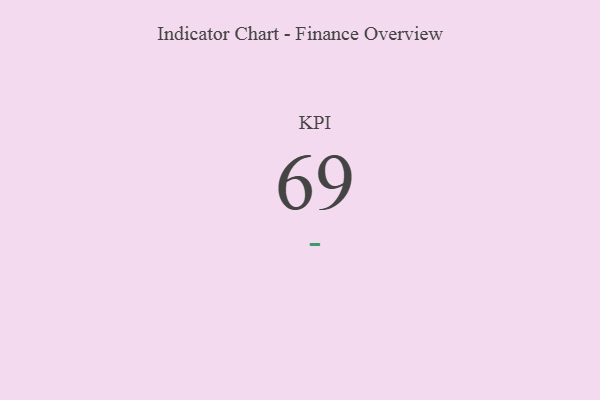
{"axis": {"x": "KPI", "y": "Value"}, "legend": [""], "data": [{"x": "KPI", "y": 69, "type": ""}]}